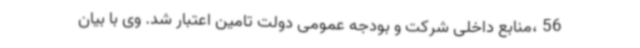
56 ،منابع داخلی شرکت و بودجه عمومی دولت تامین اعتبار شد. وی با بیان